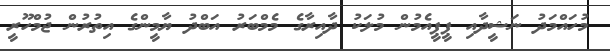
މުހައްމަދު ނަޝީދާއި ޕީޕީއެމުން މުލަކު ދާއިރާގެ މެމްބަރު އަބްދު ޔާމީންގެ އިތުރުން ޖުމްހޫރީ